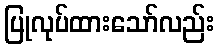
ပြုလုပ်ထားသော်လည်း